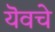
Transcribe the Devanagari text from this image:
यॆवचे